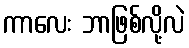
ကာလေး ဘာဖြစ်လို့လဲ